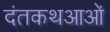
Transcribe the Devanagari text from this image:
दंतकथआओं